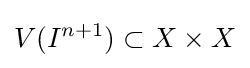
V(I^{n+1})\subset X\times X